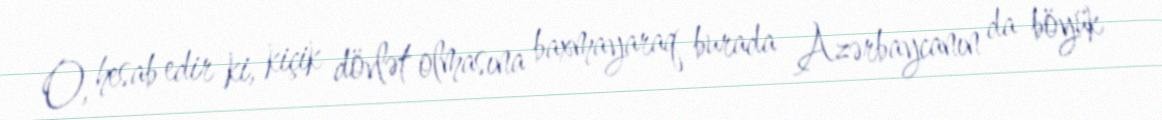
O, hesab edir ki, kiçik dövlət olmasına baxmayaraq burada Azərbaycanın da böyük